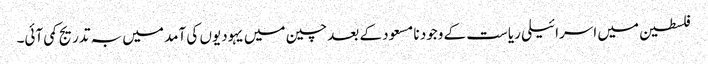
فلسطین میں اسرائیلی ریاست کے وجود نا مسعود کے بعد چین میں یہودیوں کی آمد میں بہ تدریج کمی آئی۔